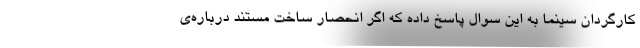
کارگردان سینما به این سوال پاسخ داده که اگر انحصار ساخت مستند درباره‌ی